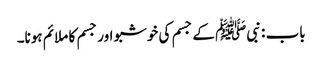
باب : نبیﷺ کے جسم کی خوشبو اور جسم کا ملائم ہونا۔